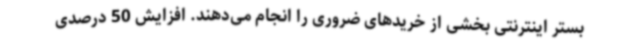
بستر اینترنتی بخشی از خریدهای ضروری را انجام می‌دهند. افزایش 50 درصدی